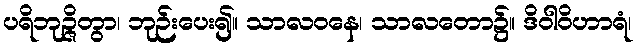
ပရိဘုဉ္ဇိတွာ၊ ဘုဉ်းပေး၍။ သာလဝနေ၊ သာလတော၌။ ဒိဝါဝိဟာရံ၊